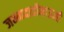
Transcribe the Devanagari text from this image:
जन्मदात्रीमाऊली